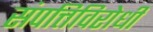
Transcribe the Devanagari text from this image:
संपत्तिविरोधी